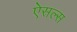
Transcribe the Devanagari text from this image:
ऐसल्स